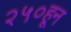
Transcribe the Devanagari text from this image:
२५०हून